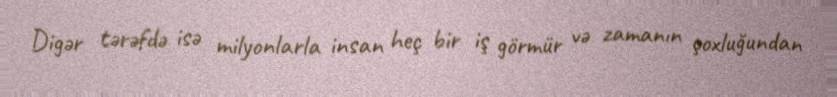
Digər tərəfdə isə milyonlarla insan heç bir iş görmür və zamanın çoxluğundan